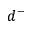
d ^ { - }